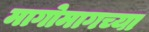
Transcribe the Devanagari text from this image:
मागोमागच्या